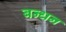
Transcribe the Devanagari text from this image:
बन्‍धन